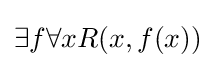
\exists f\forall xR(x,f(x))